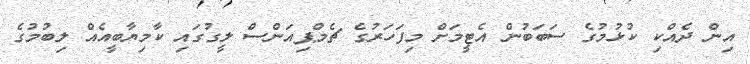
އިން ދެއްކި ކުޅުމުގެ ސަަބަބުން އެޓީމަށް މިފަހަރުގެ ޗެމްޕިއަންސް ލީގުގައި ކާމިޔާބީއެއް ލިބުމުގެ